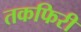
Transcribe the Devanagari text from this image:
तकफिरी